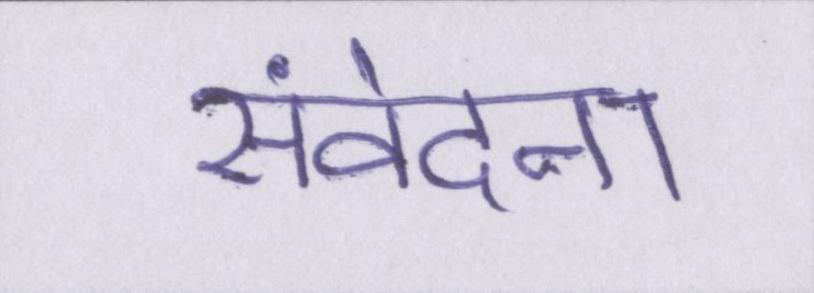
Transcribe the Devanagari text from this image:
संवेदना